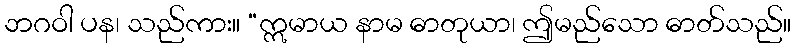
ဘဂဝါ ပန၊ သည်ကား။ “ဣမာယ နာမ ဓာတုယာ၊ ဤမည်သော ဓာတ်သည်။